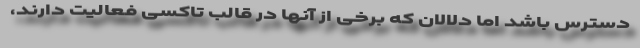
دسترس باشد اما دلالان که برخی از آنها در قالب تاکسی فعالیت دارند،